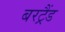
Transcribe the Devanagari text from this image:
बरट्रैंड